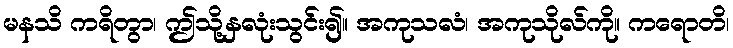
မနသိ ကရိတွာ၊ ဤသို့နှလုံးသွင်း၍။ အကုသလံ၊ အကုသိုလ်ကို။ ကရောတိ၊